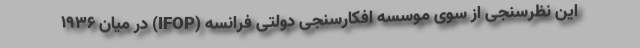
این نظرسنجی از سوی موسسه افکارسنجی دولتی فرانسه (IFOP) در میان ۱۹۳۶